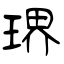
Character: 琾